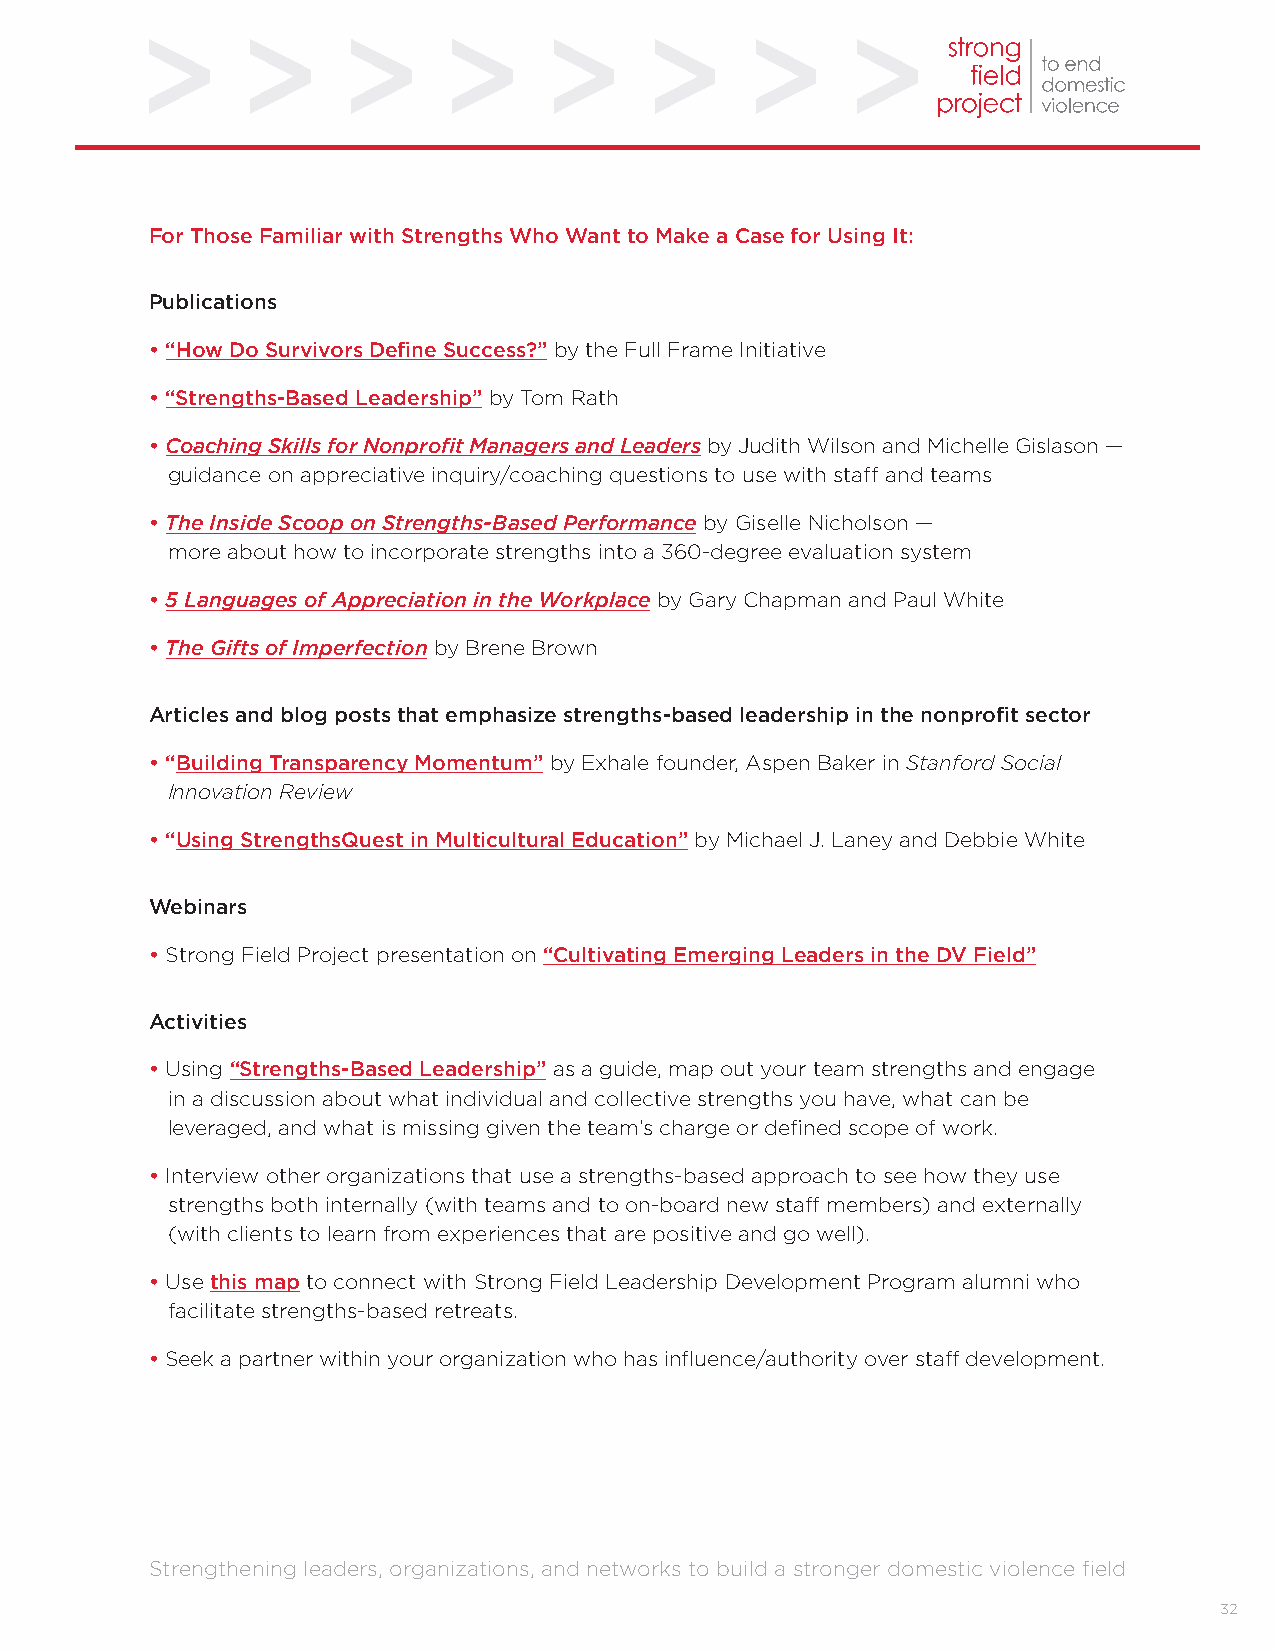
For Those Familiar with Strengths Who Want to Make a Case for Using It:
 Publications
 • “How Do Survivors Define Success?” by the Full Frame Initiative
 • “Strengths-Based Leadership” by Tom Rath
 • Coaching Skills for Nonprofit Managers and Leaders by Judith Wilson and Michelle Gislason —
 guidance on appreciative inquiry/coaching questions to use with staff and teams
 • The Inside Scoop on Strengths-Based Performance by Giselle Nicholson —
 more about how to incorporate strengths into a 360-degree evaluation system
 • 5 Languages of Appreciation in the Workplace by Gary Chapman and Paul White
 • The Gifts of Imperfection by Brene Brown
 Articles and blog posts that emphasize strengths-based leadership in the nonprofit sector
 • “Building Transparency Momentum” by Exhale founder, Aspen Baker in Stanford Social
 Innovation Review
 • “Using StrengthsQuest in Multicultural Education” by Michael J. Laney and Debbie White
 Webinars
 • Strong Field Project presentation on “Cultivating Emerging Leaders in the DV Field”
 Activities
 • Using “Strengths-Based Leadership” as a guide, map out your team strengths and engage
 in a discussion about what individual and collective strengths you have, what can be
 leveraged, and what is missing given the team’s charge or defined scope of work.
 • Interview other organizations that use a strengths-based approach to see how they use
 strengths both internally (with teams and to on-board new staff members) and externally
 (with clients to learn from experiences that are positive and go well).
 • Use this map to connect with Strong Field Leadership Development Program alumni who
 facilitate strengths-based retreats.
 • Seek a partner within your organization who has influence/authority over staff development.
 Strengthening leaders, organizations, and networks to build a stronger domestic violence field
 32